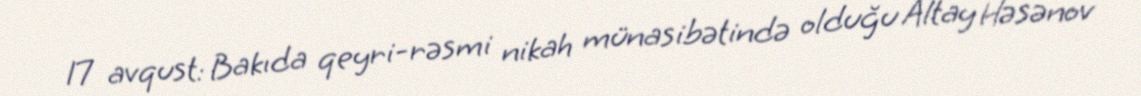
17 avqust: Bakıda qeyri-rəsmi nikah münasibətində olduğu Altay Həsənov